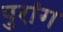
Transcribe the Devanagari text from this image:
पुरांग